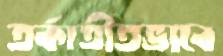
তর্কাতীতভাবে